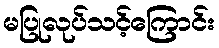
မပြုလုပ်သင့်ကြောင်း